Mental hospitals Bombay report 1929-33 - 1929-1933
Year: 1929
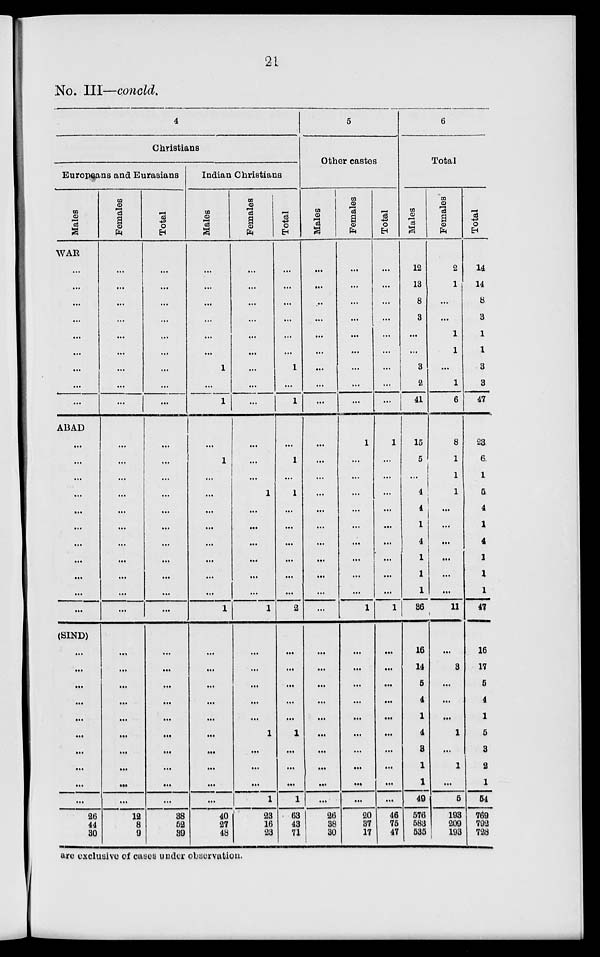
21
No. III—concld.
4
Christians
Europeans and Eurasians
Males
WAR
...
...
...
...
...
...
...
...
...
ABAD
...
...
...
...
...
...
...
...
...
...
...
(SIND)
...
...
...
...
...
...
...
...
...
...
26
44
30
Females
...
...
...
...
...
...
...
...
...
...
...
...
...
...
...
...
...
...
...
...
...
...
...
...
...
...
...
...
...
...
12
8
9
Total
...
...
...
...
...
...
...
...
...
...
...
...
...
...
...
...
...
...
...
...
...
...
...
...
...
...
...
...
...
...
38
52
39
Indian Christians
Males
...
...
...
...
...
...
1
...
1
...
1
...
...
...
...
...
...
...
...
1
...
...
...
...
...
...
...
...
...
...
40
27
48
Females
...
...
...
...
...
...
...
...
...
...
...
...
1
...
...
...
...
...
...
1
...
...
...
...
...
1
...
...
...
1
23
16
23
Total
...
...
...
...
...
...
1
...
1
...
1
...
1
...
...
...
...
...
...
2
...
...
...
...
...
1
...
...
...
1
63
43
71
5
Other castes
Males
...
...
..
...
...
...
...
...
...
...
...
...
...
...
...
...
...
...
...
...
...
...
...
...
...
...
...
...
...
...
26
38
30
Females
...
...
...
...
...
...
...
...
...
1
...
...
...
...
...
...
...
...
...
1
...
...
...
...
...
...
...
...
...
...
20
37
17
Total
...
...
...
...
...
...
...
...
...
1
...
...
...
...
...
...
...
...
...
1
...
...
...
...
...
...
...
...
...
...
46
75
47
6
Total
Males
12
13
8
3
...
...
3
2
41
15
5
...
4
4
1
4
1
1
1
36
16
14
5
4
1
4
3
1
1
49
576
583
535
Females
2
1
...
...
1
1
...
1
6
8
1
1
1
...
...
...
...
...
...
11
...
3
...
...
...
1
...
1
...
5
193
209
193
Total
14
14
8
3
1
1
3
3
47
23
6
1
5
4
1
4
1
1
1
47
16
17
5
4
1
5
3
2
1
54
769
792
728
are exclusive of cases under observation.